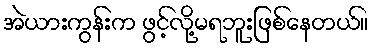
အဲယားကွန်းက ဖွင့်လို့မရဘူးဖြစ်နေတယ်။